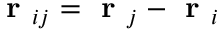
\textbf { r } _ { i j } = \textbf { r } _ { j } - \textbf { r } _ { i }